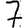
Digit: 7